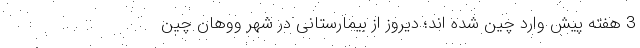
3 هفته پیش وارد چین شده اند؛ دیروز از بیمارستانی در شهر ووهان چین